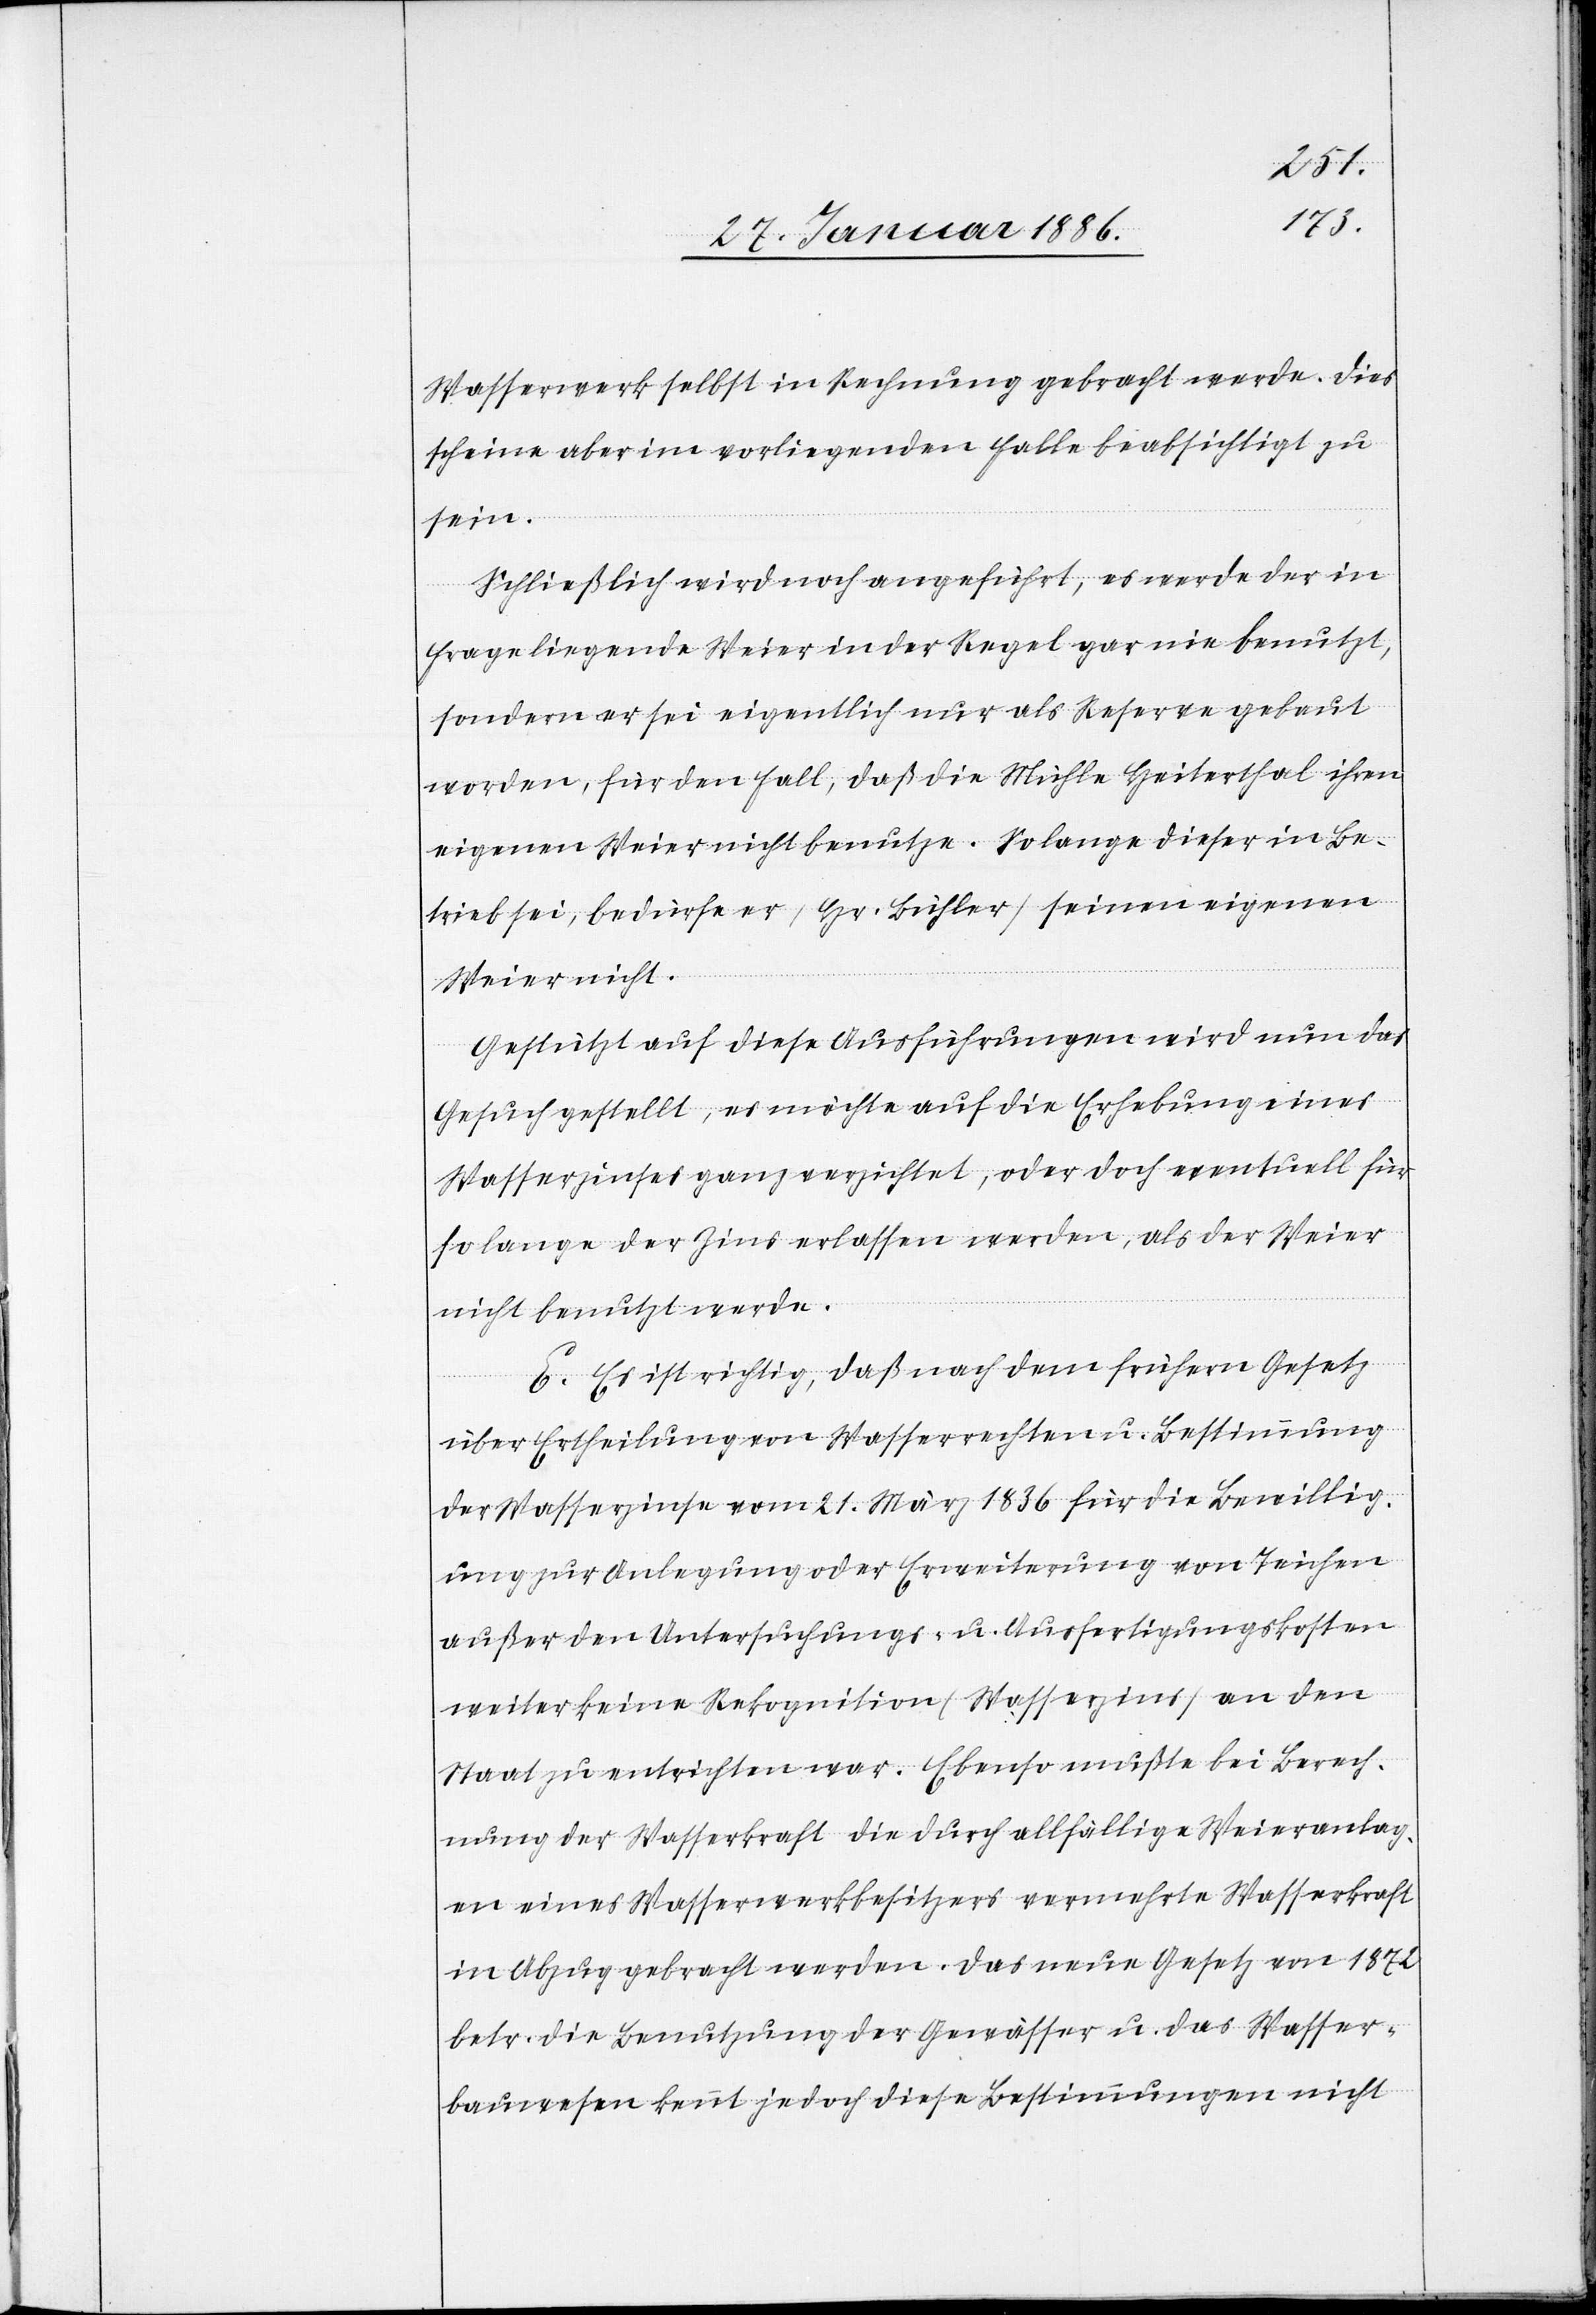
Wasserwerk selbst in Rechnung gebracht werde. Dies
scheine aber im vorliegenden Falle beabsichtigt zu
sein.
Schließlich wird noch angeführt, es werde der in
Frage liegende Weier in der Regel gar nie benutzt,
sondern er sei eigentlich nur als Reserve gebaut
worden, für den Fall, daß die Mühle Heiterthal ihre
eigenen Weier nicht benutze. Solange dieser in Be¬
trieb sei, bedürfe er (Hr. Bühler) seinen eigenen
Weier nicht.
Gestützt auf diese Ausführungen wird nun das
Gesuch gestellt, es möchte auf die Erhebung eines
Wasserzinses ganz verzichtet, oder doch eventuell für
so lange der Zins erlassen werden, als der Weier
nicht benutzt werde.
E. Es ist richtig, daß nach dem frühern Gesetz
über Ertheilung von Wasserrechten u. Bestimmung
der Wasserzinse vom 21. März 1836 für die Bewillig¬
ung zur Anlegung oder Erweiterung von Teichen
außer den Untersuchungs- u. Ausfertigungskosten
weiter keine Rekognition (Wasserzins) an den
Staate zu entrichten war. Ebenso mußte bei Berech¬
nung der Wasserkraft die durch allfällige Weieranlag¬
en eines Wasserwerkbesitzers vermehrte Wasserkraft
in Abzug gebracht werden. Das neue Gesetz von 1872
betr. die Benutzung der Gewässer u. das Wasser¬
bauwesen kennt jedoch diese Bestimmungen nicht